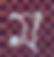
ম